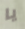
يا